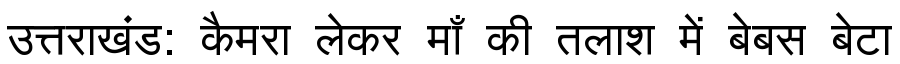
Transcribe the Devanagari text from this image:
उत्तराखंड: कैमरा लेकर माँ की तलाश में बेबस बेटा